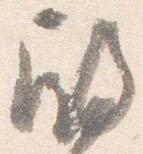
殿